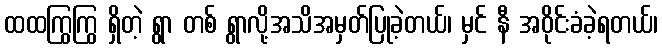
ထထကြွကြွ ရှိတဲ့ ရွာ တစ် ရွာလို့အသိအမှတ်ပြုခဲ့တယ်၊ မှင် နီ အဝိုင်းခံခဲ့ရတယ်၊